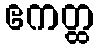
ဧကတ္ထ